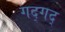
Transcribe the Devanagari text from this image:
गद्गद्